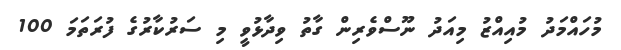
މުހައްމަދު މުއިއްޒު މިއަދު ނޫސްވެރިން ގާތު ވިދާޅުވީ މި ސަރުކާރުގެ ފުރަތަމަ 100